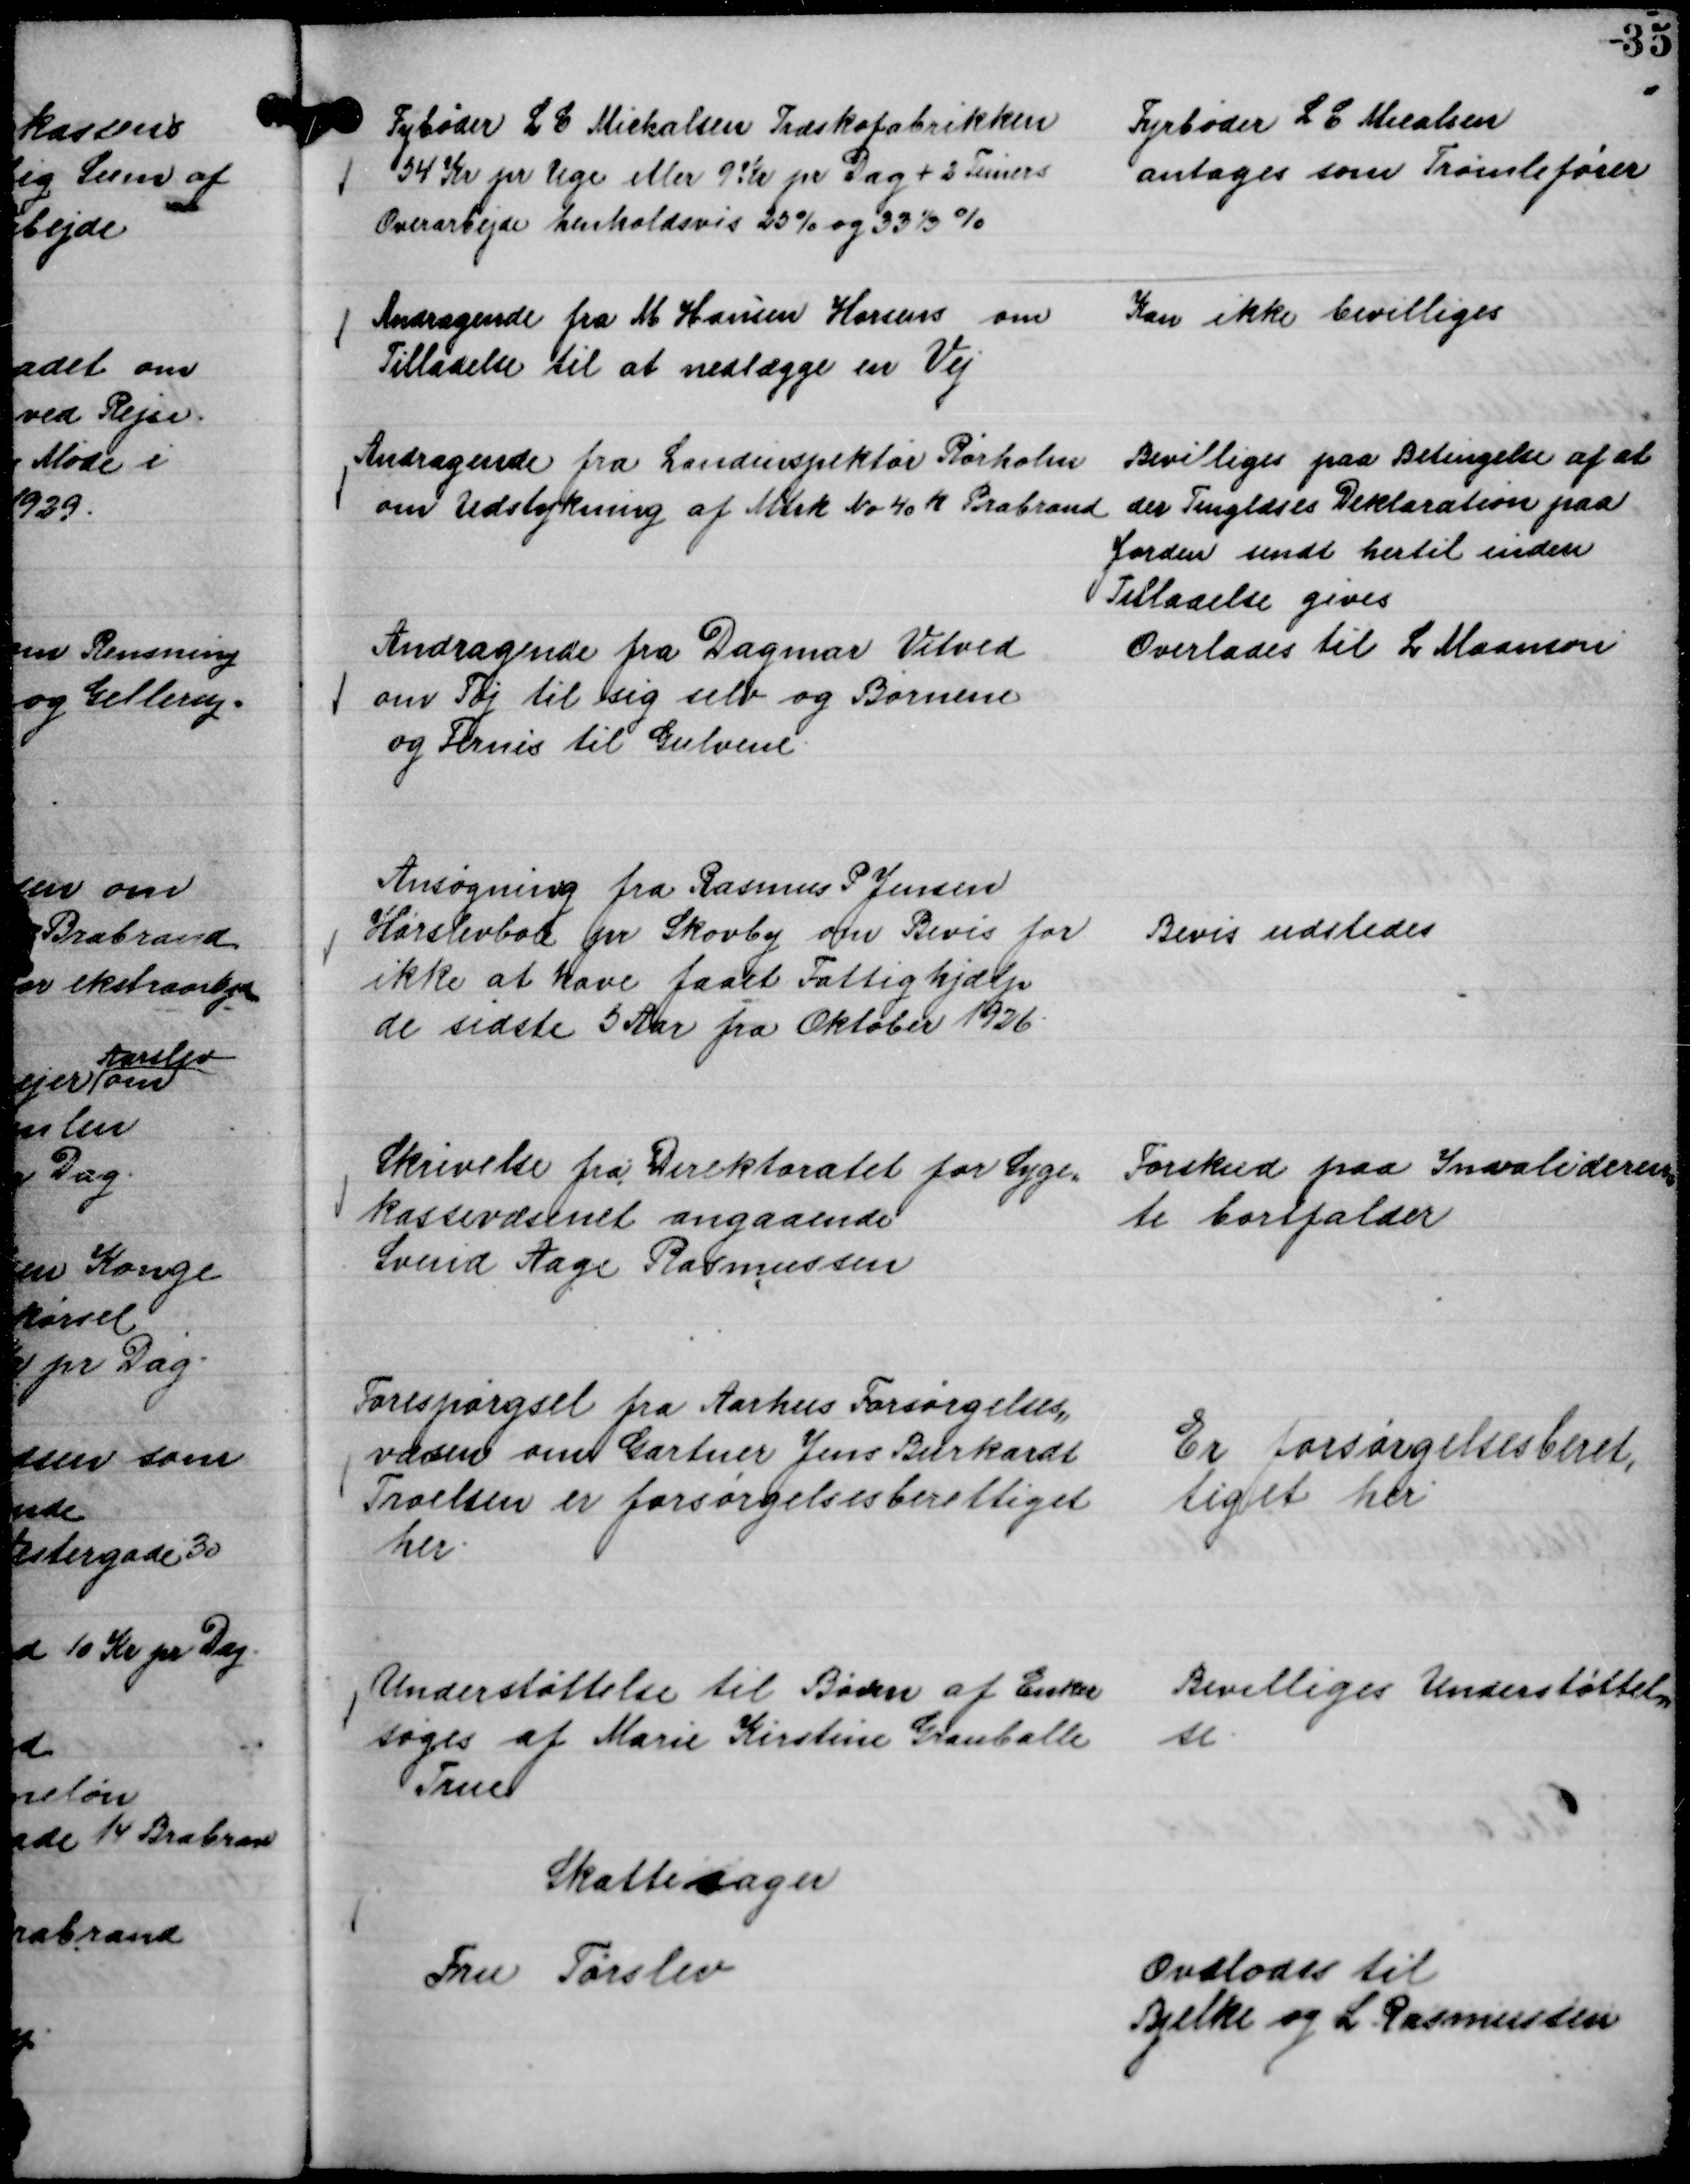
Transskription:
Fybøder L C Michalsen Træskofabrikken
34 Kr pr Uge eller 9 Kr pr Dag + 2 Timers
Overarbejde henholdsvis 25 % og 33⅓ %

Fyrbøder L C Micalsen
antages som Tromlefører

Andragende fra M Hansen Horsens om
Tilladelse til at nedlægge en Vej

Kan ikke bevilliges

Andragende fra Landinspektør Rørholm
om Udstykning af Mtrk No 40 k Brabrand

Bevilliges paa Betingelse af at
der Tinglæses Deklaration paa
Jorden sendt hertil inden
Tilladelse gives

Andragende fra Dagmar Vitved
om Tøj til sig selv og Børnene
og Fernis til Gulvene.

Overlades til L Maanson

Ansøgning fra Rasmus P Jensen
Hørslevbol pr Skovby om Bevis for
ikke at have faaet Fattighjælp
de sidste 5 Aar fra Oktober 1926.

Bevis udstedes

Skrivelse fra Direktoratet for Syge-
kassevæsenet angaaende
Svend Aage Rasmussen

Forskud paa Invalideren,,
te bortfalder

Forespørgsel fra Aarhus Forsørgelses,,
væsen om Gartner Jens Burkardt
Troelsen er forsørgelsesberettiget
her.

Er Forsørgelsesberet,,
tiget her

Understøttelse til Børn af Enker
søges af Marie Kirstine Grauballe
True

Bevilliges Understøttel,,
se.

Skattesager
Fru Tørslev

Ovslodes til
Bjelke og L. Rasmussen